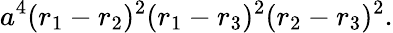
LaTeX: a^{4}(r_{1}-r_{2})^{2}(r_{1}-r_{3})^{2}(r_{2}-r_{3})^{2}.